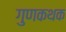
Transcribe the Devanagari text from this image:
गुणकथक